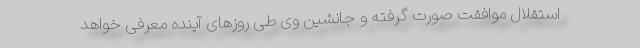
استقلال موافقت صورت گرفته و جانشین وی طی روزهای آینده معرفی خواهد